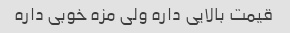
قیمت بالایی داره ولی مزه خوبی داره